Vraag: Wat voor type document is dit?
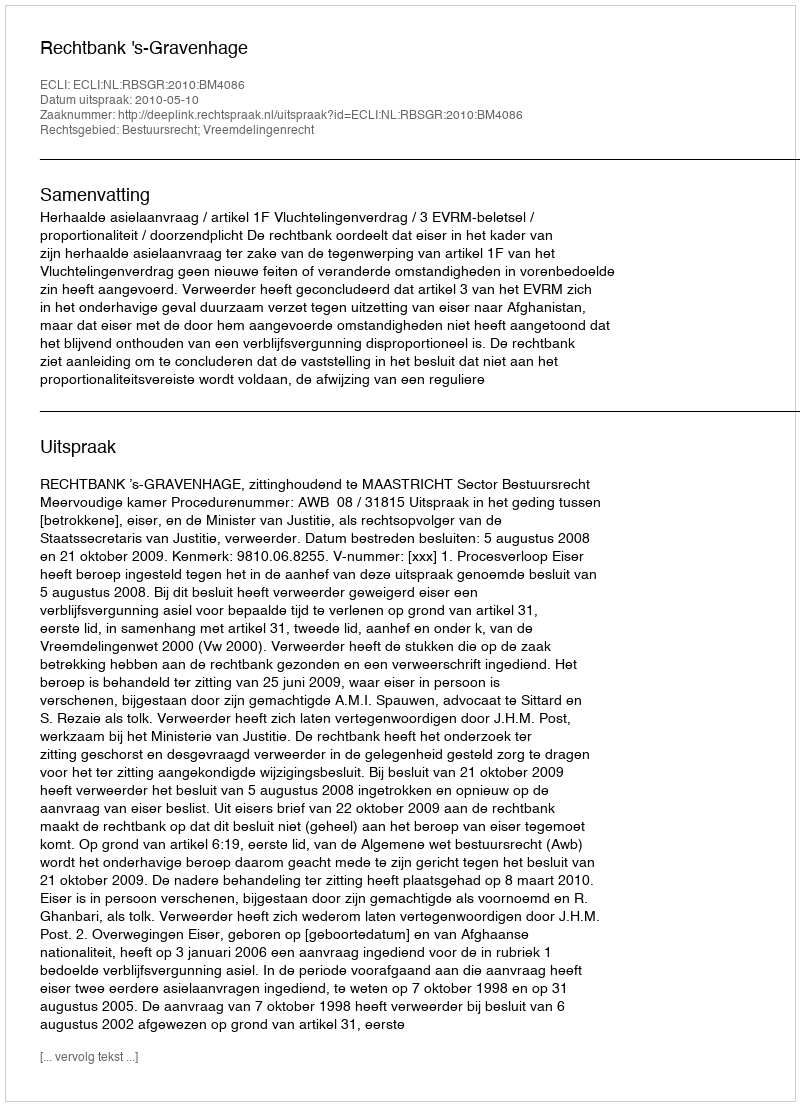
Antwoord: Uitspraak